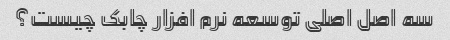
سه اصل اصلی توسعه نرم افزار چابک چیست؟